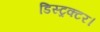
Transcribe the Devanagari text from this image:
डिस्ट्रक्टर।